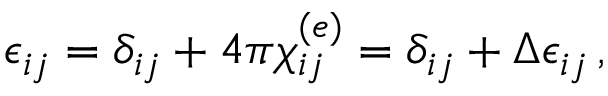
\epsilon _ { i j } = \delta _ { i j } + 4 \pi \chi _ { i j } ^ { ( e ) } = \delta _ { i j } + \Delta \epsilon _ { i j } \, ,